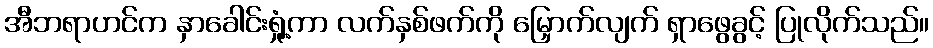
အီဘရာဟင်က နှာခေါင်းရှုံ့ကာ လက်နှစ်ဖက်ကို မြှောက်လျက် ရှာဖွေခွင့် ပြုလိုက်သည်။